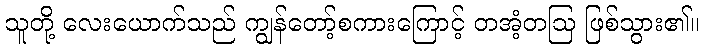
သူတို့ လေးယောက်သည် ကျွန်တော့်စကားကြောင့် တအံ့တဩ ဖြစ်သွား၏။